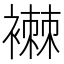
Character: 襋